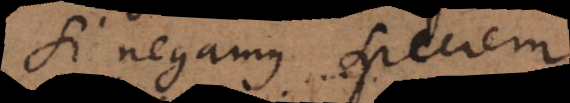
Si negamus speciem